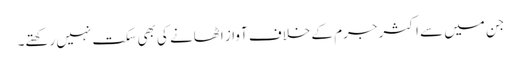
جن میں سے اکثر جرم کے خلاف آواز اٹھانے کی بھی سکت نہیں رکھتے۔